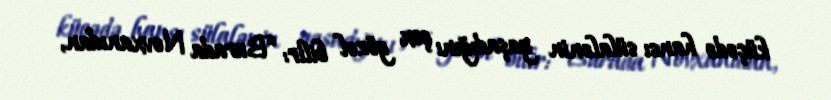
küçədə hansı sülalənin yaşadığını çox gözəl bilir: “Burada Novxanıdan,